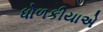
ધોળકીયાએ